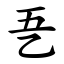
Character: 㐏